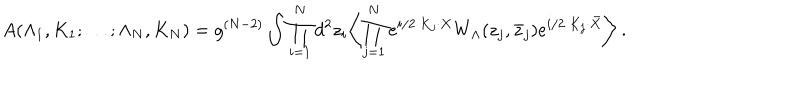
LaTeX: A ( \Lambda _ { 1 } , K _ { 1 } ; \ldots ; \Lambda _ { N } , K _ { N } ) = g ^ { ( N - 2 ) } \int \prod _ { i = 1 } ^ { N } d ^ { 2 } z _ { i } \biggl \langle \prod _ { j = 1 } ^ { N } e ^ { i / 2 \ K _ { j } \cdot X } W _ { \Lambda } ( z _ { j } , { \bar { z } } _ { j } ) e ^ { i / 2 \ K _ { j } \cdot \bar { X } } \biggl \rangle \ .